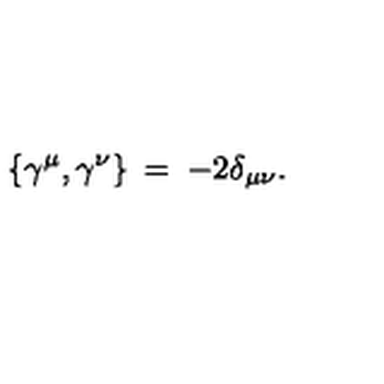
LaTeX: \{ \gamma ^ { \mu } , \gamma ^ { \nu } \} \: = \: - 2 \delta _ { \mu \nu } .